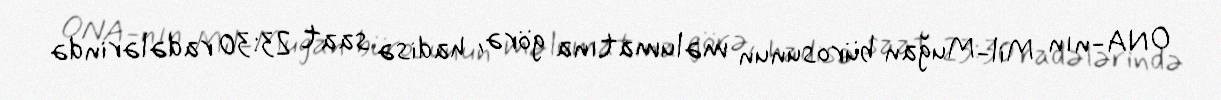
ONA-nın Mil-Muğan bürosunun məlumatına görə, hadisə saat 23:30 radələrində